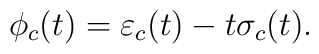
\phi_c(t) = \varepsilon_c(t) - t\sigma_c(t).